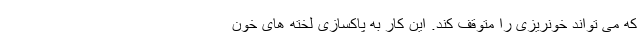
که می تواند خونریزی را متوقف کند. این کار به پاکسازی لخته های خون